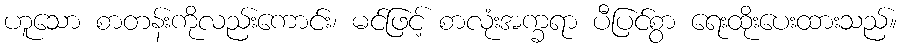
ဟူသော စာတန်းကိုလည်းကောင်း၊ မင်ဖြင့် စာလုံးအက္ခရာ ပီပြင်စွာ ရေးထိုးပေးထားသည်။